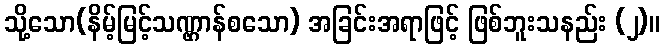
သို့သော(နိမ့်မြင့်သဏ္ဌာန်စသော) အခြင်းအရာဖြင့် ဖြစ်ဘူးသနည်း (၂)။